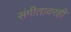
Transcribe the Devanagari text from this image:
संगीतावरही